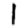
Digit: 1